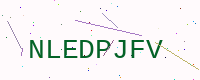
Text: NLEDPJFV